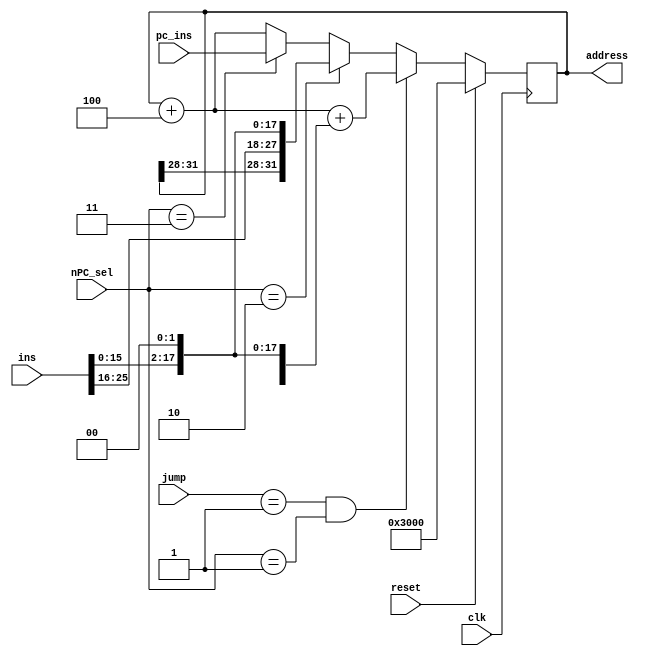
`timescale 1ns / 1ps

module PC(
	 input clk,
    input reset,
	 input [1:0] jump,
	 input [2:0] nPC_sel,
	 input [31:0] ins,
	 input [31:0] pc_ins,
    output [31:0] address
    );
	//jal
	wire [25:0] cs_ins;
	assign cs_ins = ins[25:0];
	
	//
	reg [31:0] cs_address;
	assign address = cs_address;
	initial begin
		cs_address <= 32'h00003000;
	end
	
	//
	always @(posedge clk)begin
		if(reset)begin
			cs_address <= 32'h00003000;
		end
		else begin
			if(jump == 2'b01 && nPC_sel == 3'b001)begin	//beq
				cs_address <= cs_address + 4 + {{16{ins[15]}}, ins[15:0], 2'b00};
			end
			
			else if(nPC_sel == 3'b010)begin	//jal
				cs_address <= {cs_address[31:28], cs_ins, {2{1'b0}}}; 
			end
			
			else if(nPC_sel == 3'b011)begin	//jr
				cs_address <= pc_ins;
			end
			
			else begin	//
				cs_address <= cs_address + 4;
			end
		end
	end

endmodule